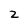
Character: Z